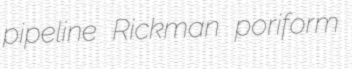
pipeline Rickman poriform